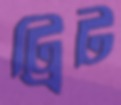
ট্রিট